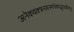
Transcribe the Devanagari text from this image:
अनेकवक्त्रनयनमनेकाद्भुतदर्शनम्‌।